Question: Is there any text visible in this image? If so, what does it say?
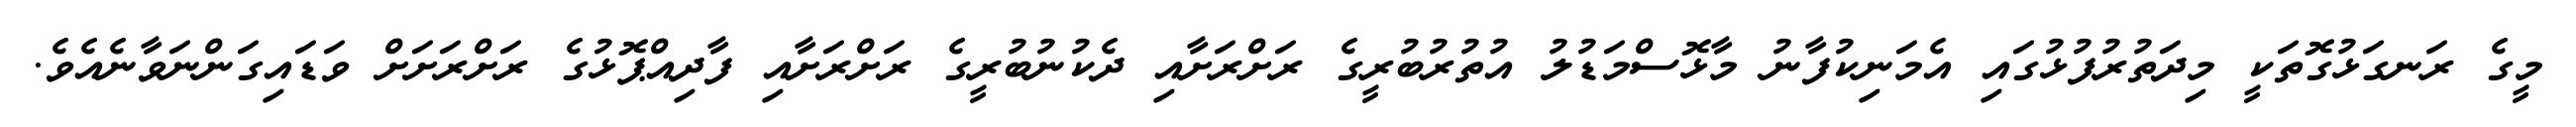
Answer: މީގެ ރަނގަޅުގޮތަކީ މިދަތުރުފުޅުގައި އެމަނިކުފާނު މާޅޮސްމަޑުލު އުތުރުބުރީގެ ރަށްރަށާއި ދެކުނުބުރީގެ ރަށްރަށާއި ފާދިއްޕޮޅުގެ ރަށްރަށަށް ވަޑައިގަންނަވާނެއެވެ.